Scottish Certificate of Education, 1962
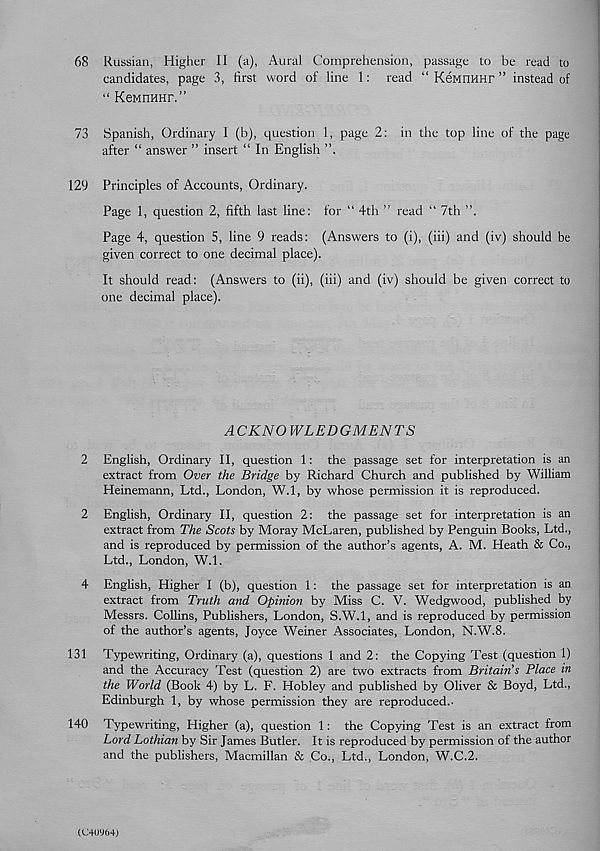
68 Russian, Higher 11 (a), Aural Comprehension, passage to be read to
candidates, page 3, first word of line 1: read “ KeMnHHr ” instead of
“ KeMnHHr.”
73 Spanish, Ordinary 1 (b), question 1, page 2: in the top line of the page
after “ answer ” insert “ In English
129 Principles of Accounts, Ordinary.
Page 1, question 2, fifth last line: for “ 4th ” read “ 7th
Page 4, question 5, line 9 reads: (Answers to (i), (iii) and (iv) should be
given correct to one decimal place).
It should read: (Answers to (ii), (iii) and (iv) should be given correct to
one decimal place).
ACKNOWLEDGMENTS
2 English, Ordinary II, question 1: the passage set for interpretation is an
extract from Over the Bridge by Richard Church and published by William
Heinemann, Ltd., London, W.l, by whose permission it is reproduced.
2 English, Ordinary II, question 2: the passage set for interpretation is an
extract from The Scots by Moray McLaren, published by Penguin Books, Ltd.,
and is reproduced by permission of the author’s agents, A. M. Heath & Co.,
Ltd., London, W.l.
4 English, Higher I (b), question 1: the passage set for interpretation is an
extract from Truth and Opinion by Miss C. V. Wedgwood, published by
Messrs. Collins, Publishers, London, S.W.l, and is reproduced by permission
of the author’s agents, Joyce Weiner Associates, London, N.W.8.
131 Typewriting, Ordinary (a), questions 1 and 2: the Copying Test (question 1)
and the Accuracy Test (question 2) are two extracts from Britain’s Place in
the World (Book 4) by L. F. Hobley and published by Oliver & Boyd, Ltd.,
Edinburgh 1, by whose permission they are reproduced..
140 Typewriting, Higher (a), question 1: the Copying Test is an extract from
Lord Lothian by Sir James Butler. It is reproduced by permission of the author
and the publishers, Macmillan & Co., Ltd., London, W.C.2.
(C4Uy04)